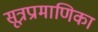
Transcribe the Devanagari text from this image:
सूत्रप्रामाणिका